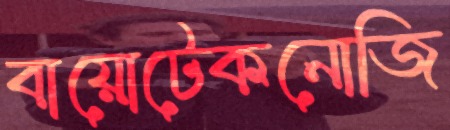
বায়োটেকনোজি